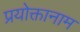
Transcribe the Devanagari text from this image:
प्रयोक्तानाम